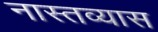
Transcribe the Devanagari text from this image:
नास्तव्यास